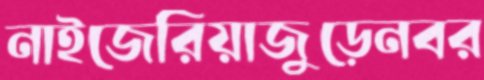
নাইজেরিয়াজুড়েনবর